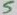
Text: 5